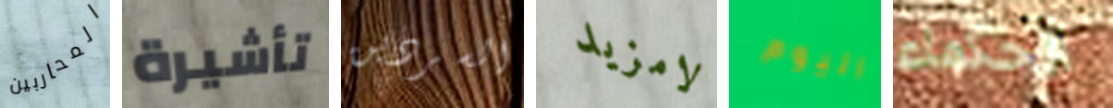
المحاربين تأشيرة السردين لامزيد اليوم الحكماء